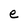
Character: e